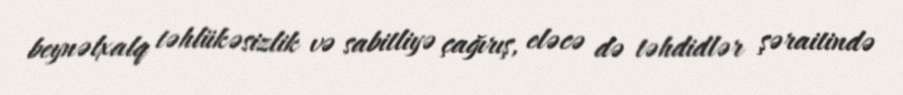
beynəlxalq təhlükəsizlik və sabitliyə çağırış, eləcə də təhdidlər şəraitində